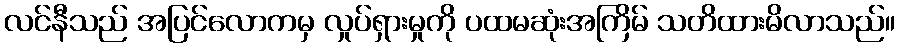
လင်နီသည် အပြင်လောကမှ လှုပ်ရှားမှုကို ပထမဆုံးအကြိမ် သတိထားမိလာသည်။